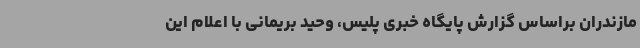
مازندران براساس گزارش پایگاه خبری پلیس، وحید بریمانی با اعلام این